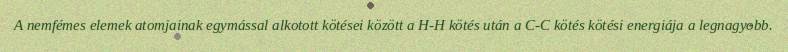
A nemfémes elemek atomjainak egymással alkotott kötései között a H-H kötés után a C-C kötés kötési energiája a legnagyobb.